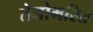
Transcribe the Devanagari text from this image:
तेजोभरित